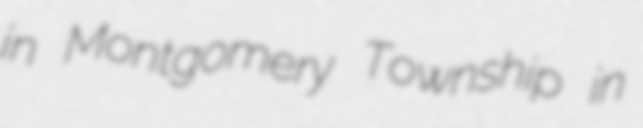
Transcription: in Montgomery Township in